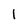
Character: l